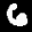
Label: 6